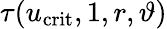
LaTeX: \tau(u_{\mathrm{crit}},1,r,\vartheta)